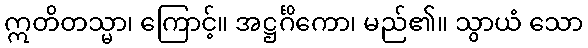
ဣတိတသ္မာ၊ ကြောင့်။ အဋ္ဌင်္ဂိကော၊ မည်၏။ သွာယံ သော